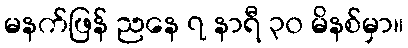
မနက်ဖြန် ညနေ ၇ နာရီ ၃၀ မိနစ်မှာ။